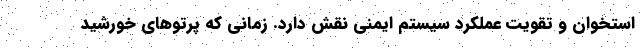
استخوان و تقویت عملکرد سیستم ایمنی نقش دارد. زمانی که پرتوهای خورشید